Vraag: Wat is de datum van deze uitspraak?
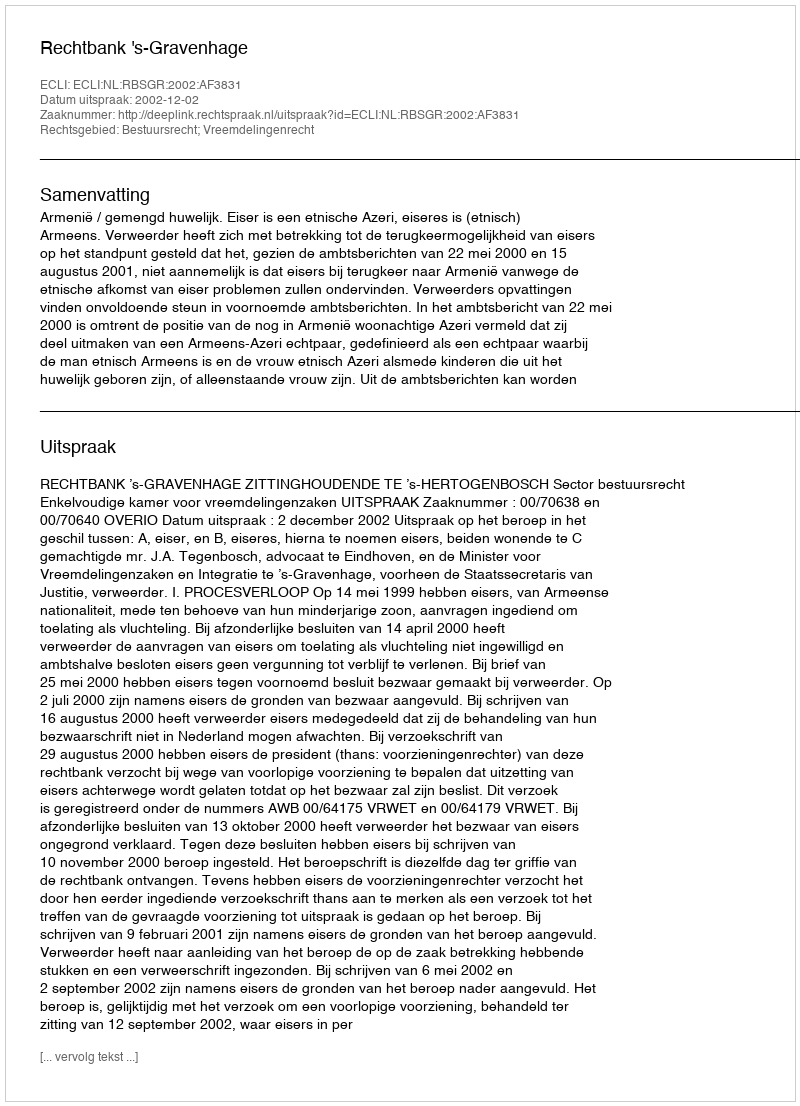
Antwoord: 2002-12-02